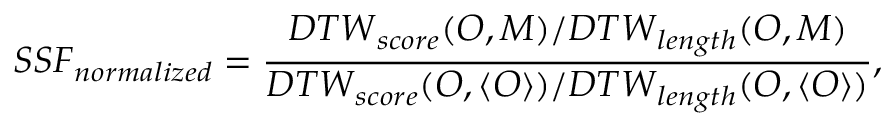
{ S S F } _ { n o r m a l i z e d } = \frac { { D T W } _ { s c o r e } ( O , M ) / { D T W } _ { l e n g t h } ( O , M ) } { { D T W } _ { s c o r e } ( { O , \langle O \rangle } ) / { D T W } _ { l e n g t h } ( { O , \langle O \rangle } ) } ,